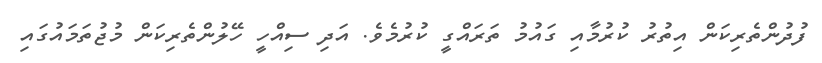
ފުދުންތެރިކަން އިތުރު ކުރުމާއި ގައުމު ތަރައްގީ ކުރުމެވެ. އަދި ސިއްހީ ހޭލުންތެރިކަން މުޖުތަމައުގައި